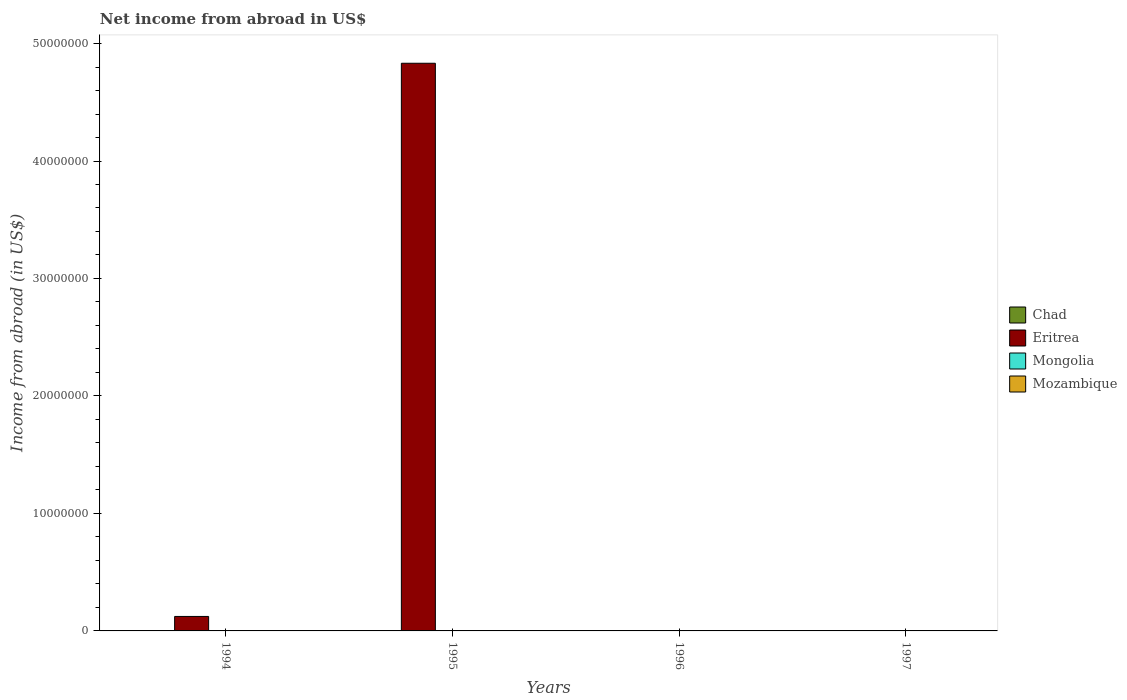
| Years | Chad | Eritrea | Mongolia | Mozambique |
 | --- | --- | --- | --- | --- |
 | 1994 | -4.37e+09 | 1.23e+06 | -8.01e+09 | -8.15e+08 |
 | 1995 | -2.57e+09 | 4.83e+07 | -1.2e+10 | -1e+09 |
 | 1996 | -5.22e+09 | -4.89e+07 | -7.87e+09 | -1.04e+09 |
 | 1997 | -9.68e+09 | -2.29e+07 | -9.48e+09 | -9.86e+08 |